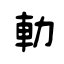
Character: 軪